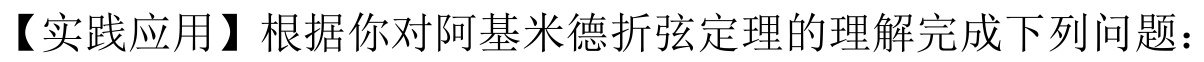
【实践应用】根据你对阿基米德折弦定理的理解完成下列问题：